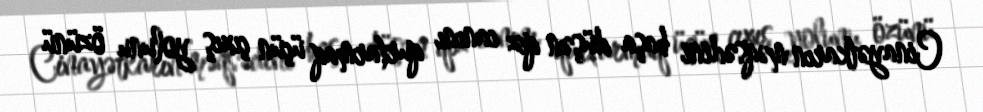
Cinayətkarın məqsədini başa düşən qız canını qurtarmaq üçün çıxış yolunu özünü